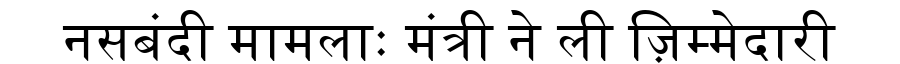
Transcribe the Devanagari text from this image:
नसबंदी मामलाः मंत्री ने ली ज़िम्मेदारी